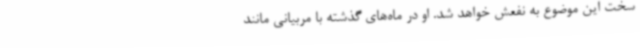
سخت این موضوع به نفعش خواهد شد. او در ماه‌های گذشته با مربیانی مانند